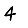
Digit: 4